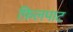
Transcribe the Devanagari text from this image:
फ़िलपाट